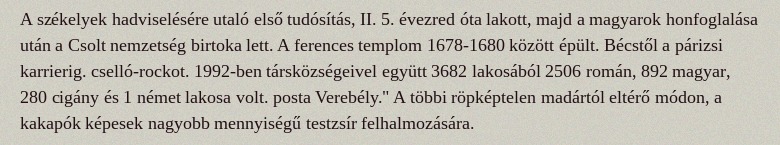
A székelyek hadviselésére utaló első tudósítás, II. 5. évezred óta lakott, majd a magyarok honfoglalása után a Csolt nemzetség birtoka lett. A ferences templom 1678-1680 között épült. Bécstől a párizsi karrierig. cselló-rockot. 1992-ben társközségeivel együtt 3682 lakosából 2506 román, 892 magyar, 280 cigány és 1 német lakosa volt. posta Verebély." A többi röpképtelen madártól eltérő módon, a kakapók képesek nagyobb mennyiségű testzsír felhalmozására.